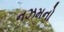
નઝમનો